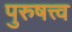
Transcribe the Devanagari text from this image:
पुरुषत्त्व